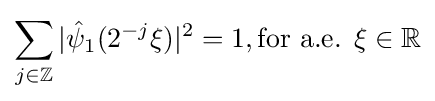
\sum _{j\in \mathbb {Z} }|{\hat {\psi }}_{1}(2^{-j}\xi )|^{2}=1,{\text{for a.e. }}\xi \in \mathbb {R}